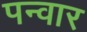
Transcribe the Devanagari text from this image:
पन्वार